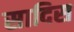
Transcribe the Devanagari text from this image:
सादिस